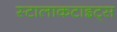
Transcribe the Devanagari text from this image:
स्टालाकटाइट्स